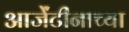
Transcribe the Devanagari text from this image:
आर्जेंटीनाच्या